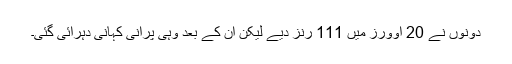
دونوں نے 20 اوورز میں 111 رنز دیے لیکن ان کے بعد وہی پرانی کہانی دہرائی گئی۔